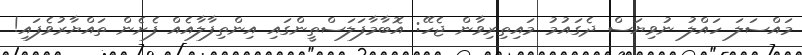
މައްސަލަ ހައްލު ނުވިޔަސް ދެގައުމު މައިތިރިވާން ޖެހޭ: އޮބާމާފަލަސްތީންގައި އިންތިފާލާއެއް ފެށެން ތައްޔާރުވެފައި!